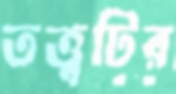
তত্ত্বটির